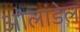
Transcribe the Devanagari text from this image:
ओलांडेल